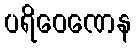
ပရိဝေဏေန